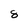
Character: 8